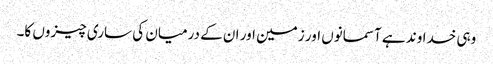
وہی خداوند ہے آسمانوں اور زمین اور ان کے درمیان کی ساری چیزوں کا۔